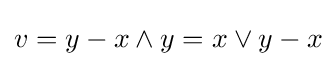
v=y-x\wedge y=x\vee y-x